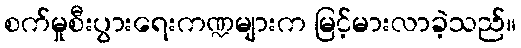
စက်မှုစီးပွားရေးကဏ္ဍများက မြင့်မားလာခဲ့သည်။